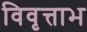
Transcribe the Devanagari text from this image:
विवृत्ताभ